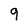
Character: 9